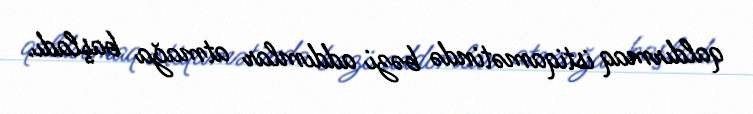
qaldırmaq istiqamətində bəzi addımlar atmağa başladı.